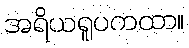
အရိယရူပကထာ။